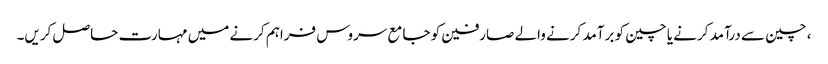
، چین سے درآمد کرنے یا چین کو برآمد کرنے والے صارفین کو جامع سروس فراہم کرنے میں مہارت حاصل کریں۔